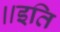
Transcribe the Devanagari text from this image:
॥इति